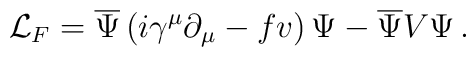
\mathcal{L}_F = \overline{\Psi} \left( i\gamma^\mu \partial_\mu - fv\right)\Psi - \overline{\Psi} V \Psi \, .